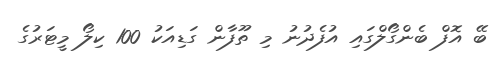
ބޭ އޮފް ބެންގޯލްގައި އުފެދުނު މި ތޫފާން ގަޑިއަކު 100 ކިލޯ މީޓަރުގެ